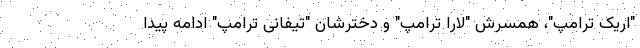
"اریک ترامپ"، همسرش "لارا ترامپ" و دخترشان "تیفانی ترامپ" ادامه پیدا